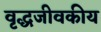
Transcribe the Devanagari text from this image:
वृद्धजीवकीय